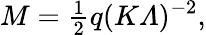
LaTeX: M={\textstyle\frac{1}{2}}q(K{\mit\Lambda})^{-2},